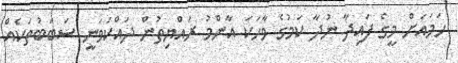
ހަމައަަށް މީގެ ފައިދާ ނުދާ ކަމުގެ ވާހަކަ އާންމު ރައްޔިތުން ދައްކަވަނީ ސަބަބުތަކެއް